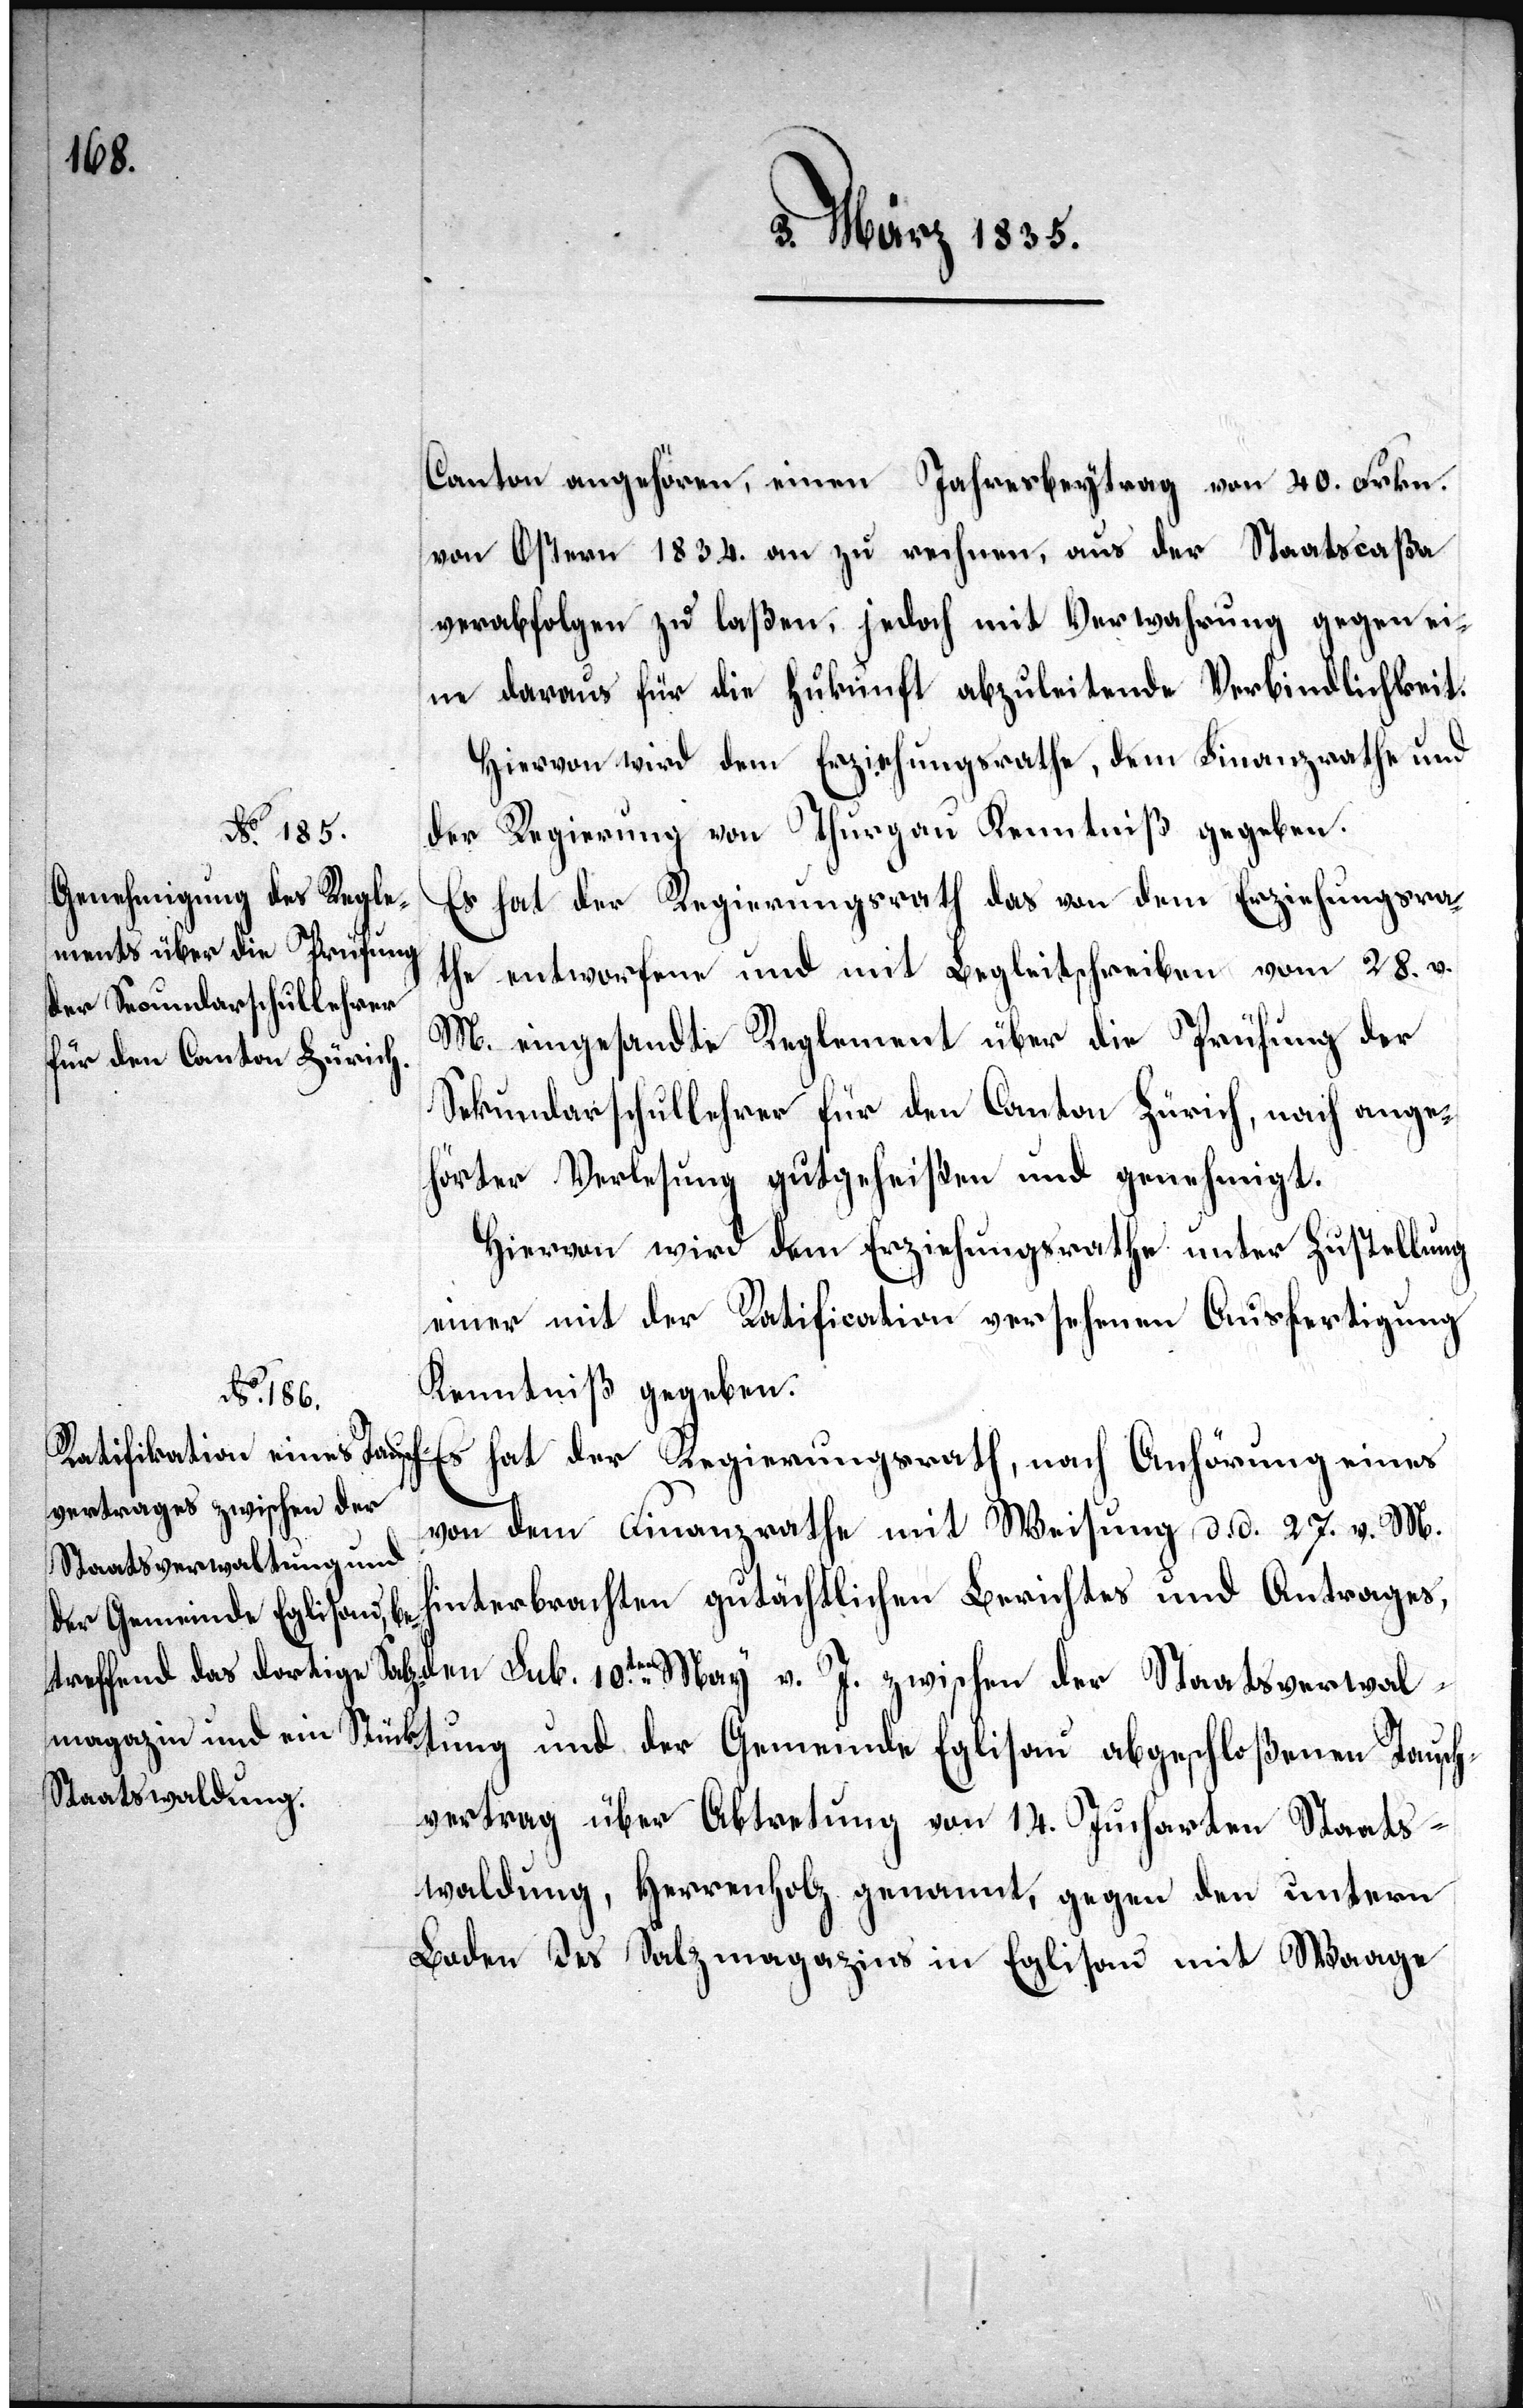
Canton angehören, einen Jahresbeytrag von 40. Frkn.
von Ostern 1834. an zu rechnen, aus der Staatscaßa
verabfolgen zu laßen, jedoch mit Verwahrung gegen ei¬
ne daraus für die Zukunft abzuleitende Verbindlichkeit.
Hiervon wird dem Erziehungsrathe, dem Finanzrathe und
der Regierung von Thurgau Kenntniß gegeben.
Es hat der Regierungsrath das von dem Erziehungsra¬
the entworfene und mit Begleitschreiben vom 28. v.
M. eingesandte Reglement über die Prüfung der
Secundarschullehrer für den Canton Zürich, nach ange¬
hörter Verlesung gutgeheißen und genehmigt.
Hiervon wird dem Erziehungsrathe unter Zustellung
einer mit der Ratification versehenen Ausfertigung
Kenntniß gegeben.
Es hat der Regierungsrath, nach Anhörung eines
von dem Finanzrathe mit Weisung d. d. 27. d. M.
hinterbrachten gutächtlichen Berichtes und Antrages,
den sub. 10.ten May v. J. zwischen der Staatsverwal¬
tung und der Gemeinde Eglisau abgeschloßenen Tausch¬
vertrag über Abtretung von 14. Jucharten Staats¬
waldung, Herrenholz genannt, gegen den untern
Laden des Salzmagazins in Eglisau mit Waage